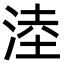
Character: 淕